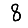
Digit: 8